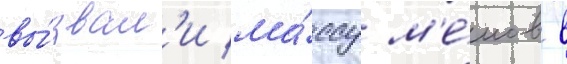
вы́звал'и ма́ссу м'е́мов в